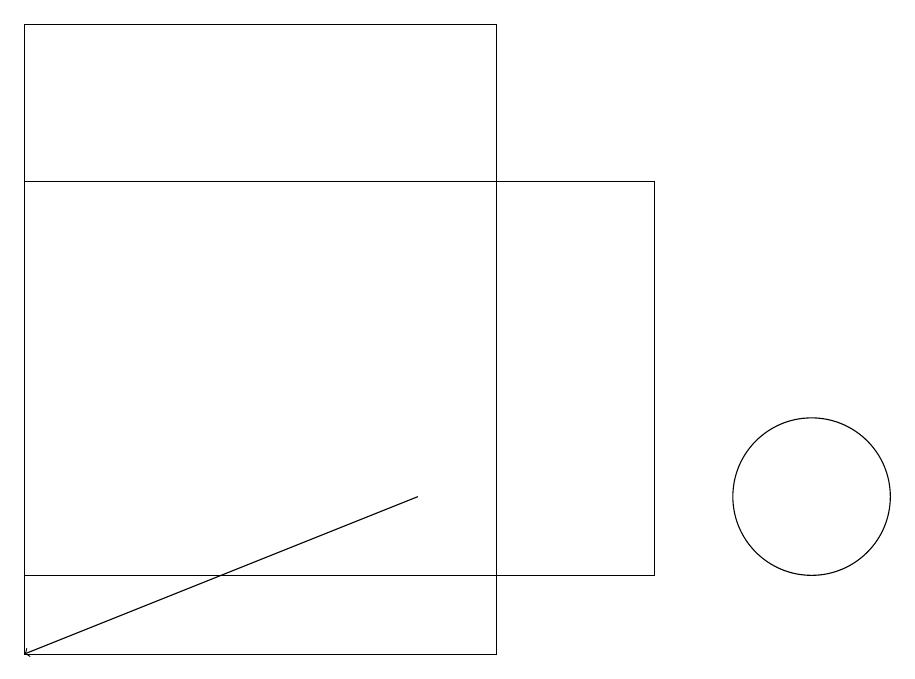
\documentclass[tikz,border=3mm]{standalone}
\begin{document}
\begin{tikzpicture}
\draw (10,12) circle (1);
\draw[->] (5,12) -- (0,10);
\draw (6,18) rectangle (0,16);
\draw (0,11) rectangle (8,16);
\draw (0,18) rectangle (6,10);
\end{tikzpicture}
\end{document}